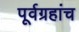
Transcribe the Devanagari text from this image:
पूर्वग्रहांच